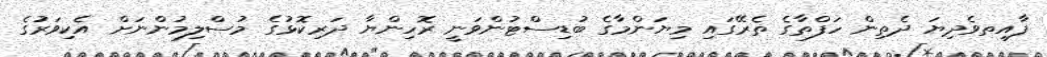
ފާއިތވެދިޔަ ދެތިން ހަފްތާގެ ތެރޭގައި މިޔަންމާގެ ބުޑިސްޓުންވަނީ ރޮހިންޔާ ދަރިކޮޅުގެ މުސްލިމުންނަށް އެކިވަރުގެ